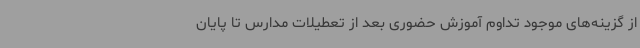
از گزینه‌های موجود تداوم آموزش حضوری بعد از تعطیلات مدارس تا پایان